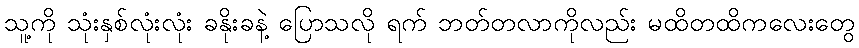
သူ့ကို သုံးနှစ်လုံးလုံး ခနိုးခနဲ့ ပြောသလို ရက် ဘတ်တလာကိုလည်း မထိတထိကလေးတွေ